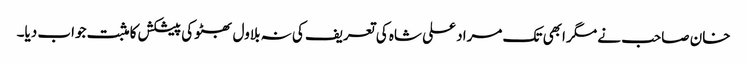
خان صاحب نے مگر ابھی تک مراد علی شاہ کی تعریف کی نہ بلاول بھٹو کی پیشکش کا مثبت جواب دیا۔